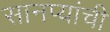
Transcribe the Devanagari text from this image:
सानप्यांची